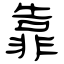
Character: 靠